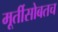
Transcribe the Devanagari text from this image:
मूर्तीसोबतच